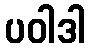
ပဝါဒါ